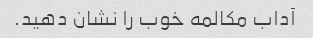
آداب مکالمه خوب را نشان دهید.